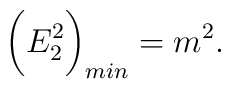
\bigg(E^2_2\bigg)_{min} = m^2.